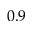
0 . 9